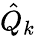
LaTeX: \hat{Q}_{k}